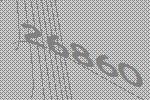
26860